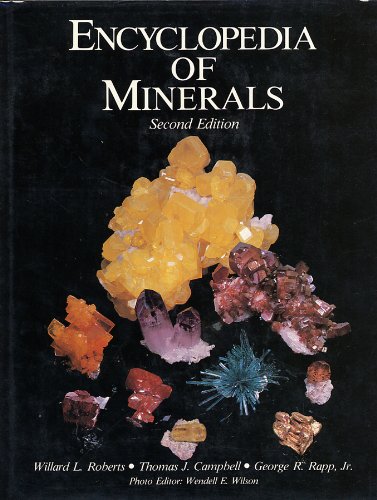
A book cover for Encyclopedia of Minerals (Second Edition); Willard Lincoln Roberts; Science & Math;